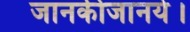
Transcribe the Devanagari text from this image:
जानकीजानये।